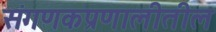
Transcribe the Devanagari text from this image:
संगणकप्रणालीतील